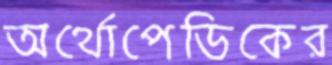
অর্থোপেডিকের